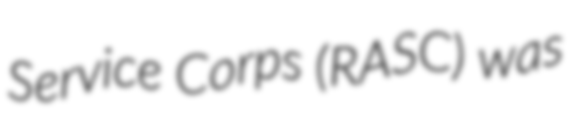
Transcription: Service Corps (RASC) was